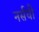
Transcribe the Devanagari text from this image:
नर्सची